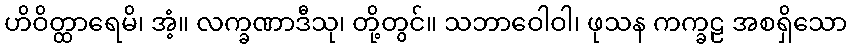
ဟိဝိတ္ထာရေမိ၊ အံ့။ လက္ခဏာဒီသု၊ တို့တွင်။ သဘာဝေါဝါ၊ ဖုသန ကက္ခဠ အစရှိသော